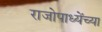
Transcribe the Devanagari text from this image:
राजोपाध्येंच्या